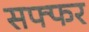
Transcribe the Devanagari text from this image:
सफ्फर